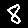
Digit: 8